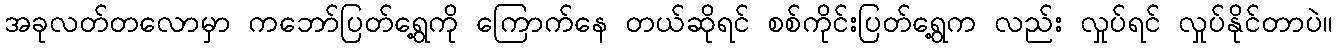
အခုလတ်တလောမှာ ကဘော်ပြတ်ရွေ့ကို ကြောက်နေ တယ်ဆိုရင် စစ်ကိုင်းပြတ်ရွေ့က လည်း လှုပ်ရင် လှုပ်နိုင်တာပဲ။